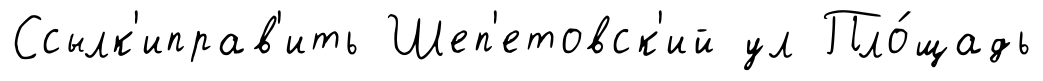
Ссылк'иправ'ить Шеп'етовск'ий ул Пло́щадь